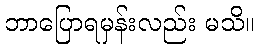
ဘာပြောရမှန်းလည်း မသိ။